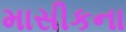
માસીકના